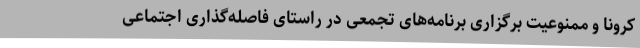
کرونا و ممنوعیت برگزاری برنامه‌های تجمعی در راستای فاصله‌گذاری اجتماعی